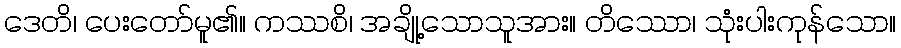
ဒေတိ၊ ပေးတော်မူ၏။ ကဿစိ၊ အချို့သောသူအား။ တိဿော၊ သုံးပါးကုန်သော။